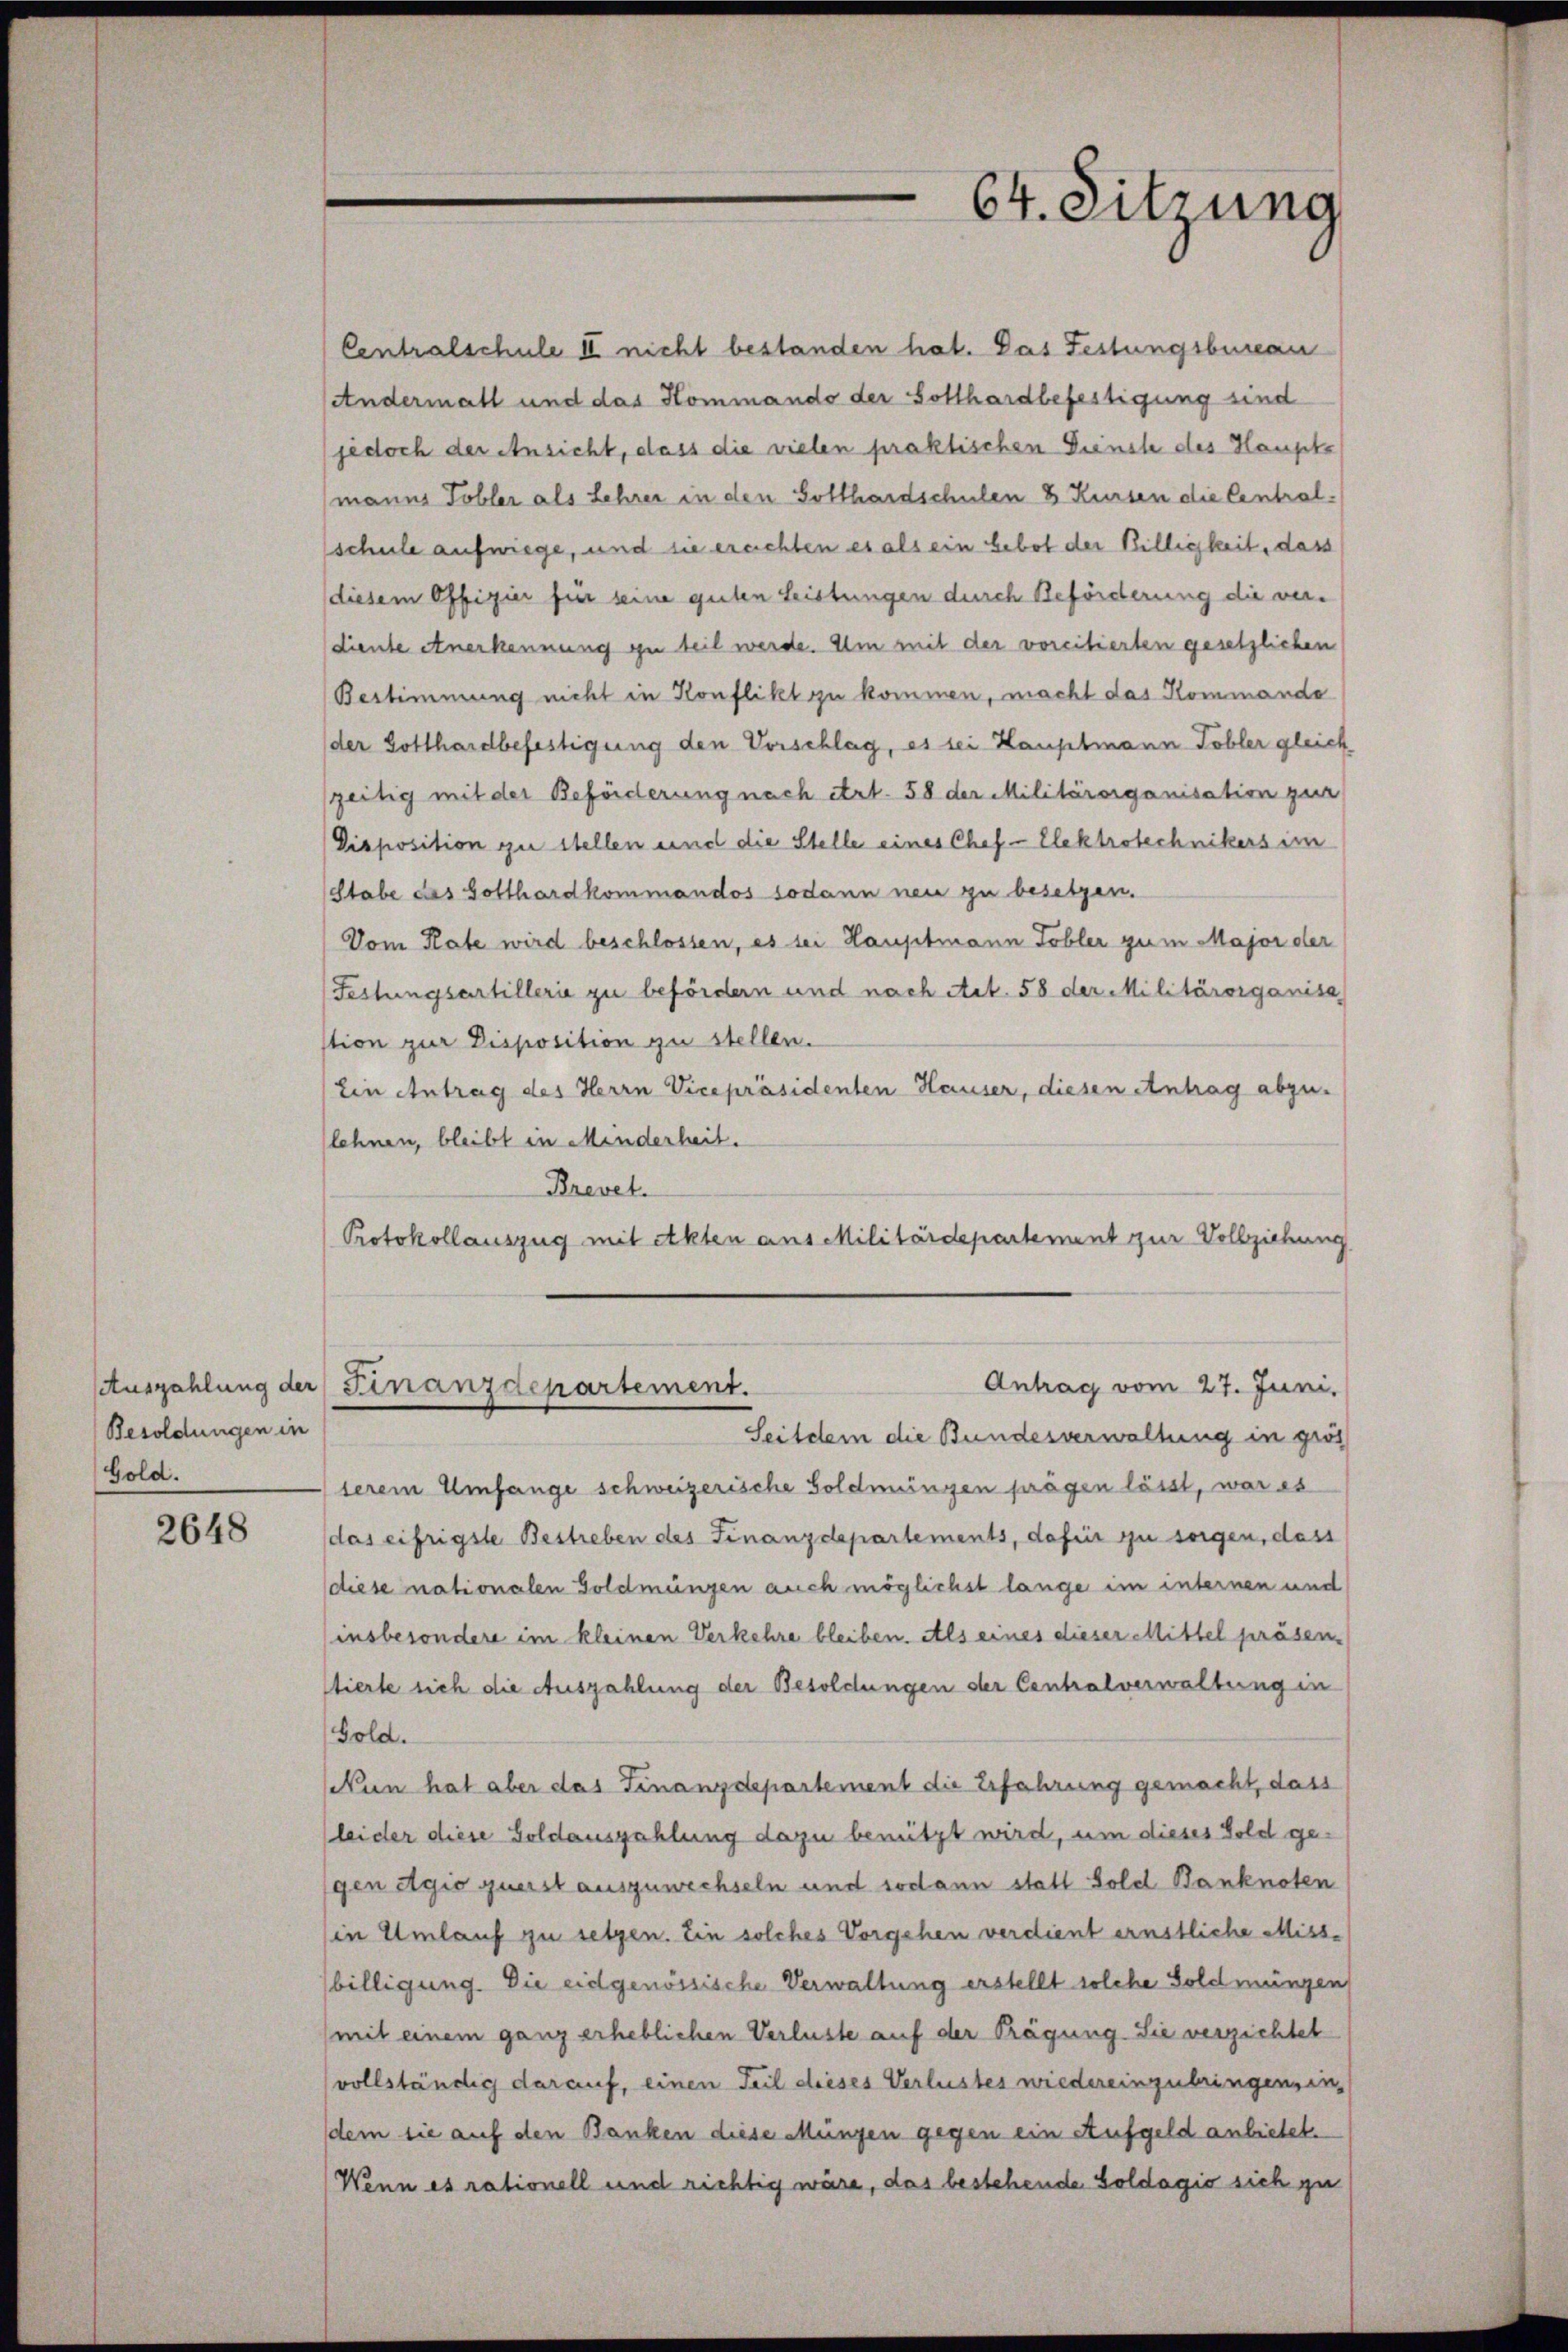
Besoldungen in
Gold.

2648

Centralschule II nicht bestanden hat. Das Festungsbureau
Andermall und das Kommando der Sollhardbefestigung und
jedoch der Ansicht, dass die vielen praktischen Dienst des Haupte
manns Tobler als Lehrer in den Gotthardschulen 8 Kursen die Centralschule aufwiege, und sie ereichten es als ein Gebot der Billigkeit, dass
diesem Offizier für seine guten Leistungen durch Beförderung die verdiente Anerkennung zu teil werde. Um mit der vorcitierten gesetzlichen
Bestimmung nicht in Konflikt zu kommen, macht das Kommande
der Gotthardbefestigung den Vorschlag, es sei Hauptmann Tobler gleich
zeitig mit der Beförderung nach Art. 58 der Militärorganisation zur
Disposition zu stellen und die Stelle eines Chef-Elektrotechnikers im
Stabe das Gotthardkommandos sodann neu zu besetzen.
Vom Rate wird beschlossen, es sei Hauptmann Tobler zum Major der
Festungsartillerie zu befördern und nach Art. 58 der Militärorganisa
stion zur Disposition zu stellen.
ten Antrag des Herrn Vicepräsidenten Hauser, diesen Antrag abzu-
lehnen, bleibt in Minderheit.
Brevet.
Protokollauszug mit Akten aus Militärdepartement zur Vollziehung

serem Umfange schweizerische Goldmungen prägen lässt, war es
das eifrigste Bestreben des Finanzdepartements, dafür zu sorgen, dass
diese nationalen Goldmängen auch möglichst lange im internen und
insbesondere im kleinen Verkehre bleiben. Als eines dieser Mittel präsen-
stierte sich die Auszahlung der Besoldungen der Centralverwaltung in
Gold.
Nun hat aber das Finanzdepartement die Erfahrung gemacht, dass
leider diese Goldauszahlung dazu benützt wird, um dieses Gold gegen Agio querst auszuwechseln und sodann statt Sold Banknoten
in Umlauf zu setzen. Ein solches Vorgehen verdient ernstliche Miss-
billigung. Die eidgenössische Verwaltung erstellt solche Goldmängen
mit einem ganz erheblichen Verluste auf der Prägung Sie verzichtet
vollständig darauf, einen Teil dieses Verlustes wiedereinzubringen, in
dem sie auf den Banken diese Müngen gegen ein Aufgeld anbietet.
Wenn es rationell und richtig wäre, das bestehende Goldagio sich zu

64. Sitzung

Antrag vom 27. Juni.
Auszahlung der Finanzdepartement.
Seitdem die Bundesverwaltung in grös